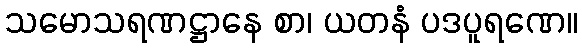
သမောသရဏဋ္ဌာနေ စာ၊ ယတနံ ပဒပူရဏေ။